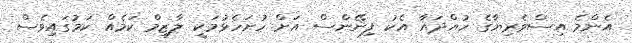
އެންމެ އިސްވެރިޔާގެ ހުއްދައާ އެކު ފިނޭންސް އަށް ހުށަހެޅުމަކީ ލާޒިމް ކަމެއް ކަމުގައިވެސް